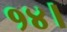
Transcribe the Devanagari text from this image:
१४।